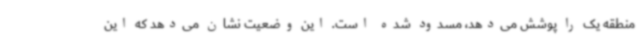
منطقه یک را پوشش می‌دهد، مسدود شده است. این وضعیت نشان می‌دهد که این